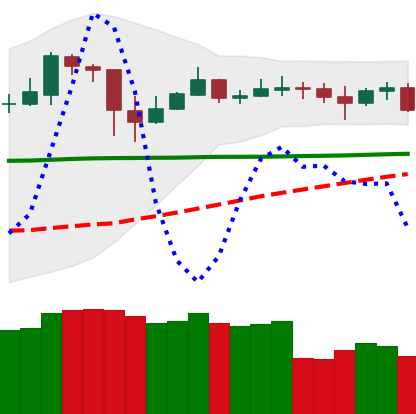
Ticker: DOGE-USD
Chart end date: 2020-05-24
Forward return: 3.011%
Label: up_3_5